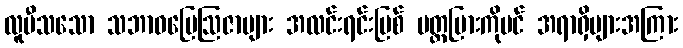
လူပီသသော သဘာဝမြေဩဇာများ အလင်းရင်းမြစ် ပတ္တမြားကိုပင် အရာရှိများအကြား